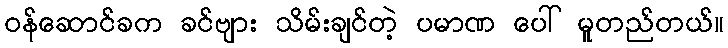
ဝန်ဆောင်ခက ခင်ဗျား သိမ်းချင်တဲ့ ပမာဏ ပေါ် မူတည်တယ်။